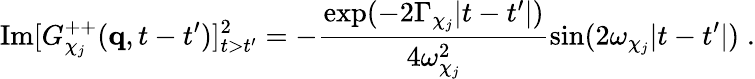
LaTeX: \mathrm{Im}[G_{\chi_{j}}^{++}({\mathbf q},t-t^{\prime})]_{t>t^{\prime}}^{2}=-\frac{\exp(-2\Gamma_{\chi_{j}}|t-t^{\prime}|)}{4\omega_{\chi_{j}}^{2}}\sin(2\omega_{\chi_{j}}|t-t^{\prime}|)\; .